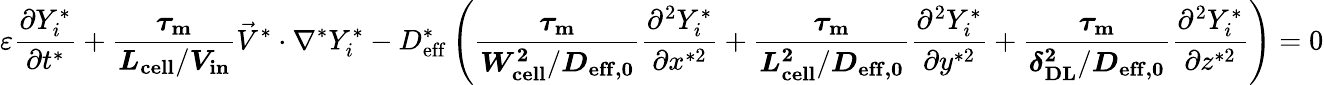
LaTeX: \varepsilon\frac{\partial Y_{i}^{*}}{\partial t^{*}}+\boldsymbol{\frac{\tau_{\mathrm{m}}}{L_{\mathrm{cell}}/V_{\mathrm{in}}}}\vec{V}^{*}\cdot\nabla^{*}Y_{i}^{*}-D_{\mathrm{eff}}^{*}\left(\boldsymbol{\frac{\tau_{\mathrm{m}}}{W_{\mathrm{cell}}^{2}/D_{\mathrm{eff},0}}}\frac{\partial^{2}Y_{i}^{*}}{\partial x^{*2}}+\boldsymbol{\frac{\tau_{\mathrm{m}}}{L_{\mathrm{cell}}^{2}/D_{\mathrm{eff},0}}}\frac{\partial^{2}Y_{i}^{*}}{\partial y^{*2}}+\boldsymbol{\frac{\tau_{\mathrm{m}}}{\delta_{\mathrm{DL}}^{2}/D_{\mathrm{{eff},0}}}}\frac{\partial^{2}Y_{i}^{*}}{\partial z^{*2}}\right)=0